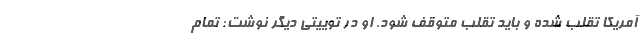
آمریکا تقلب شده و باید تقلب متوقف شود. او در توییتی دیگر نوشت: تمام